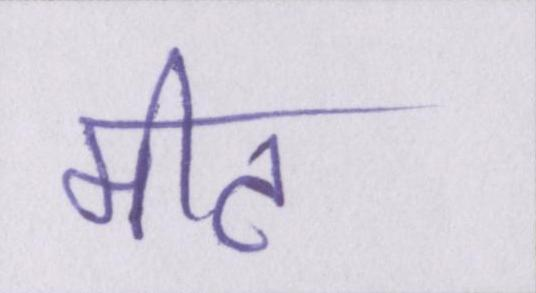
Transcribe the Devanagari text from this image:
मीट